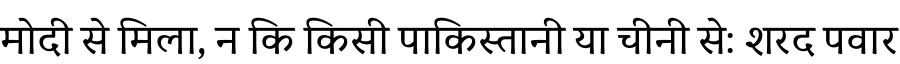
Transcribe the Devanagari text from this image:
मोदी से मिला, न कि किसी पाकिस्तानी या चीनी से: शरद पवार